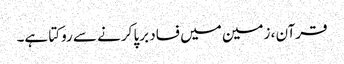
قرآن ، زمین میں فساد برپا کرنے سے روکتا ہے۔